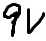
Text: 9V